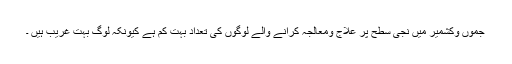
جموں وکشمیر میں نجی سطح پر علاج ومعالجہ کرانے والے لوگوں کی تعداد بہت کم ہے کیونکہ لوگ بہت غریب ہیں ۔